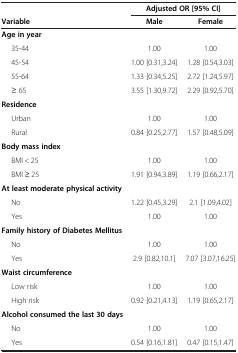
<table><thead><tr><td><b> </b></td><td colspan="2"><b>Adjusted OR [95% CI]</b></td></tr><tr><td><b>Variable</b></td><td><b>Male</b></td><td><b>Female</b></td></tr></thead><tbody><tr><td><b>Age in year</b></td><td> </td><td> </td></tr><tr><td>35-44</td><td>1.00</td><td>1.00</td></tr><tr><td>45-54</td><td>1.00 [0.31,3.24]</td><td>1.28 [0.54,3.03]</td></tr><tr><td>55-64</td><td>1.33 [0.34,5.25]</td><td>2.72 [1.24,5.97]</td></tr><tr><td>≥ 65</td><td>3.55 [1.30,9.72]</td><td>2.29 [0.92,5.70]</td></tr><tr><td><b>Residence</b></td><td> </td><td> </td></tr><tr><td>Urban</td><td>1.00</td><td>1.00</td></tr><tr><td>Rural</td><td>0.84 [0.25,2.77]</td><td>1.57 [0.48,5.09]</td></tr><tr><td><b>Body mass index</b></td><td> </td><td> </td></tr><tr><td>BMI &lt; 25</td><td>1.00</td><td>1.00</td></tr><tr><td>BMI ≥ 25</td><td>1.91 [0.94,3.89]</td><td>1.19 [0.66,2.17]</td></tr><tr><td><b>At least moderate physical activity</b></td><td> </td><td> </td></tr><tr><td>No</td><td>1.22 [0.45,3.29]</td><td>2.1 [1.09,4.02]</td></tr><tr><td>Yes</td><td>1.00</td><td>1.00</td></tr><tr><td><b>Family history of Diabetes Mellitus</b></td><td> </td><td> </td></tr><tr><td>No</td><td>1.00</td><td>1.00</td></tr><tr><td>Yes</td><td>2.9 [0.82,10.1]</td><td>7.07 [3.07,16.25]</td></tr><tr><td><b>Waist circumference</b></td><td> </td><td> </td></tr><tr><td>Low risk</td><td>1.00</td><td>1.00</td></tr><tr><td>High risk</td><td>0.92 [0.21,4.13]</td><td>1.19 [0.65,2.17]</td></tr><tr><td><b>Alcohol consumed the last 30 days</b></td><td> </td><td> </td></tr><tr><td>No</td><td>1.00</td><td>1.00</td></tr><tr><td>Yes</td><td>0.54 [0.16,1.81]</td><td>0.47 [0.15,1.47]</td></tr></tbody></table>